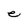
Character: e